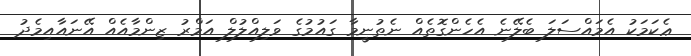
ޢެކަމަކު އެމައްސަލަ ބެލޭނެ އެހެންގޮތެއް ނެތުނީމާ ގައުމުގެ ވަލިއްލުލް އަމްރު ޒިންމާއެއް އޭނައާއިމެދު